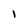
Character: 1